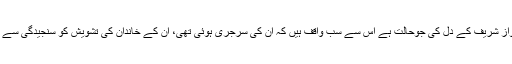
جیونیوز کے پروگرام ”رپورٹ کارڈ“ میں گفتگو کرتے ہوئے شہزاد اقبال نے کہا کہ نواز شریف کے دل کی جوحالت ہے اس سے سب واقف ہیں کہ ان کی سرجری ہوئی تھی، ان کے خاندان کی تشویش کو سنجیدگی سے لیا جانا چاہئے ، فواد چودھری کے ٹوئٹ کے بعد اس پر مکمل عمل در آمد ہوناچاہئے ۔